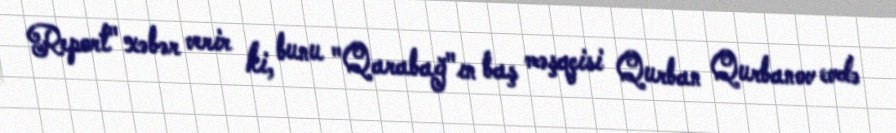
Report" xəbər verir ki, bunu "Qarabağ"ın baş məşqçisi Qurban Qurbanov evdə